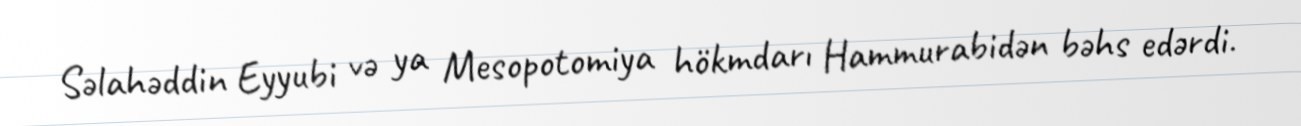
Səlahəddin Eyyubi və ya Mesopotomiya hökmdarı Hammurabidən bəhs edərdi.